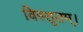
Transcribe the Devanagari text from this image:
विस्तृतम्।